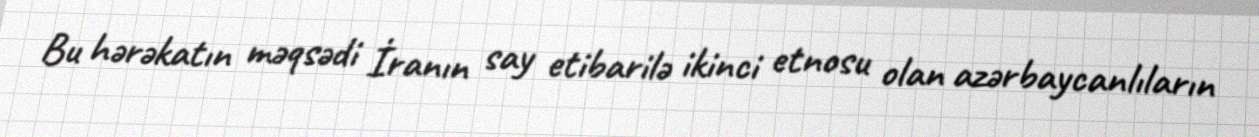
Bu hərəkatın məqsədi İranın say etibarilə ikinci etnosu olan azərbaycanlıların